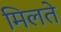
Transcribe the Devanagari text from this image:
मिलते